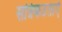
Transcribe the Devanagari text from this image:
सन्निकटताएँ